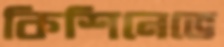
কিশিনেভে